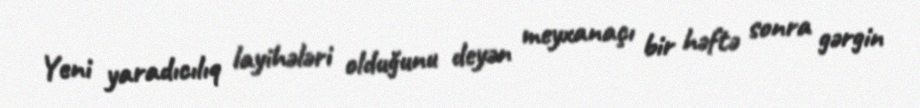
Yeni yaradıcılıq layihələri olduğunu deyən meyxanaçı bir həftə sonra gərgin